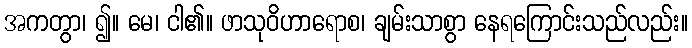
အကတွာ၊ ၍။ မေ၊ ငါ၏။ ဖာသုဝိဟာရောစ၊ ချမ်းသာစွာ နေရကြောင်းသည်လည်း။